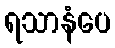
ရသာနံပေ